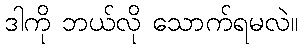
ဒါကို ဘယ်လို သောက်ရမလဲ။